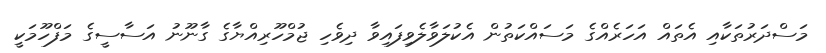
މަސްދަރުތަކާއި އެތައް އަހަރެއްގެ މަސައްކަތުން އެކުލަވާލެވިފައިވާ ދިވެހި ޖުމްހޫރިއްޔާގެ ގާނޫނު އަސާސީގެ މަފްހޫމަކީ